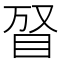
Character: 𥅐